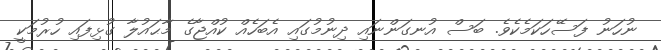
ނުހަނު ފަސޭހަކަމެކެވެ. ބަސް އުނގަންނައި ދިނުމުގައި އެބަހެއް ކުއްޖާގެ މާޙައުލާ ގުޅިފައި ހުރުމަކީ